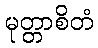
မုတ္တာစိတံ